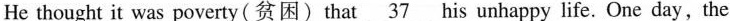
He thought it was poverty(贫困)that \underline{37} his unhappy life. One day,the